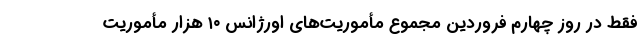
فقط در روز چهارم فروردین مجموع مأموریت‌های اورژانس ۱۰ هزار مأموریت